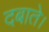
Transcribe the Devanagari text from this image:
दबाते।